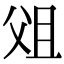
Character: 㸖